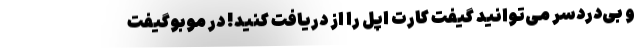
و بی‌دردسر می‌توانید گیفت کارت اپل را از دریافت کنید! در موبوگیفت